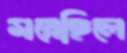
মরেছিলে